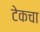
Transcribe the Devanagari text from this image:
टेकचा